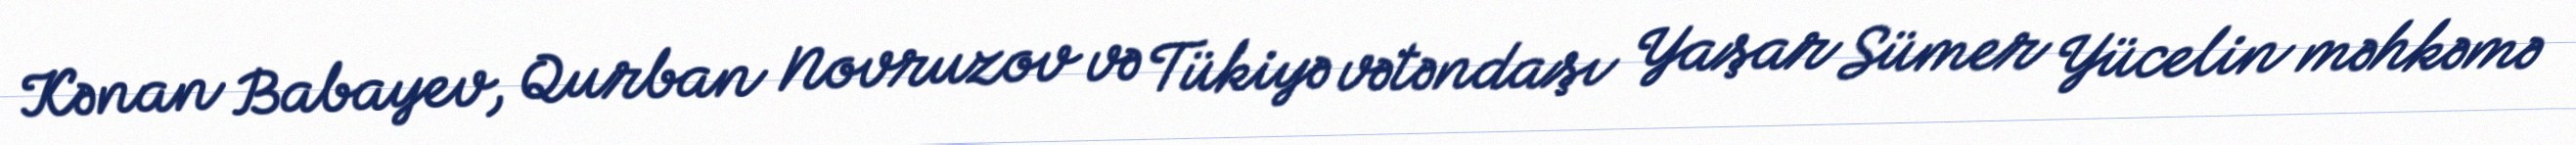
Kənan Babayev, Qurban Novruzov və Tükiyə vətəndaşı Yaşar Sümer Yücelin məhkəmə